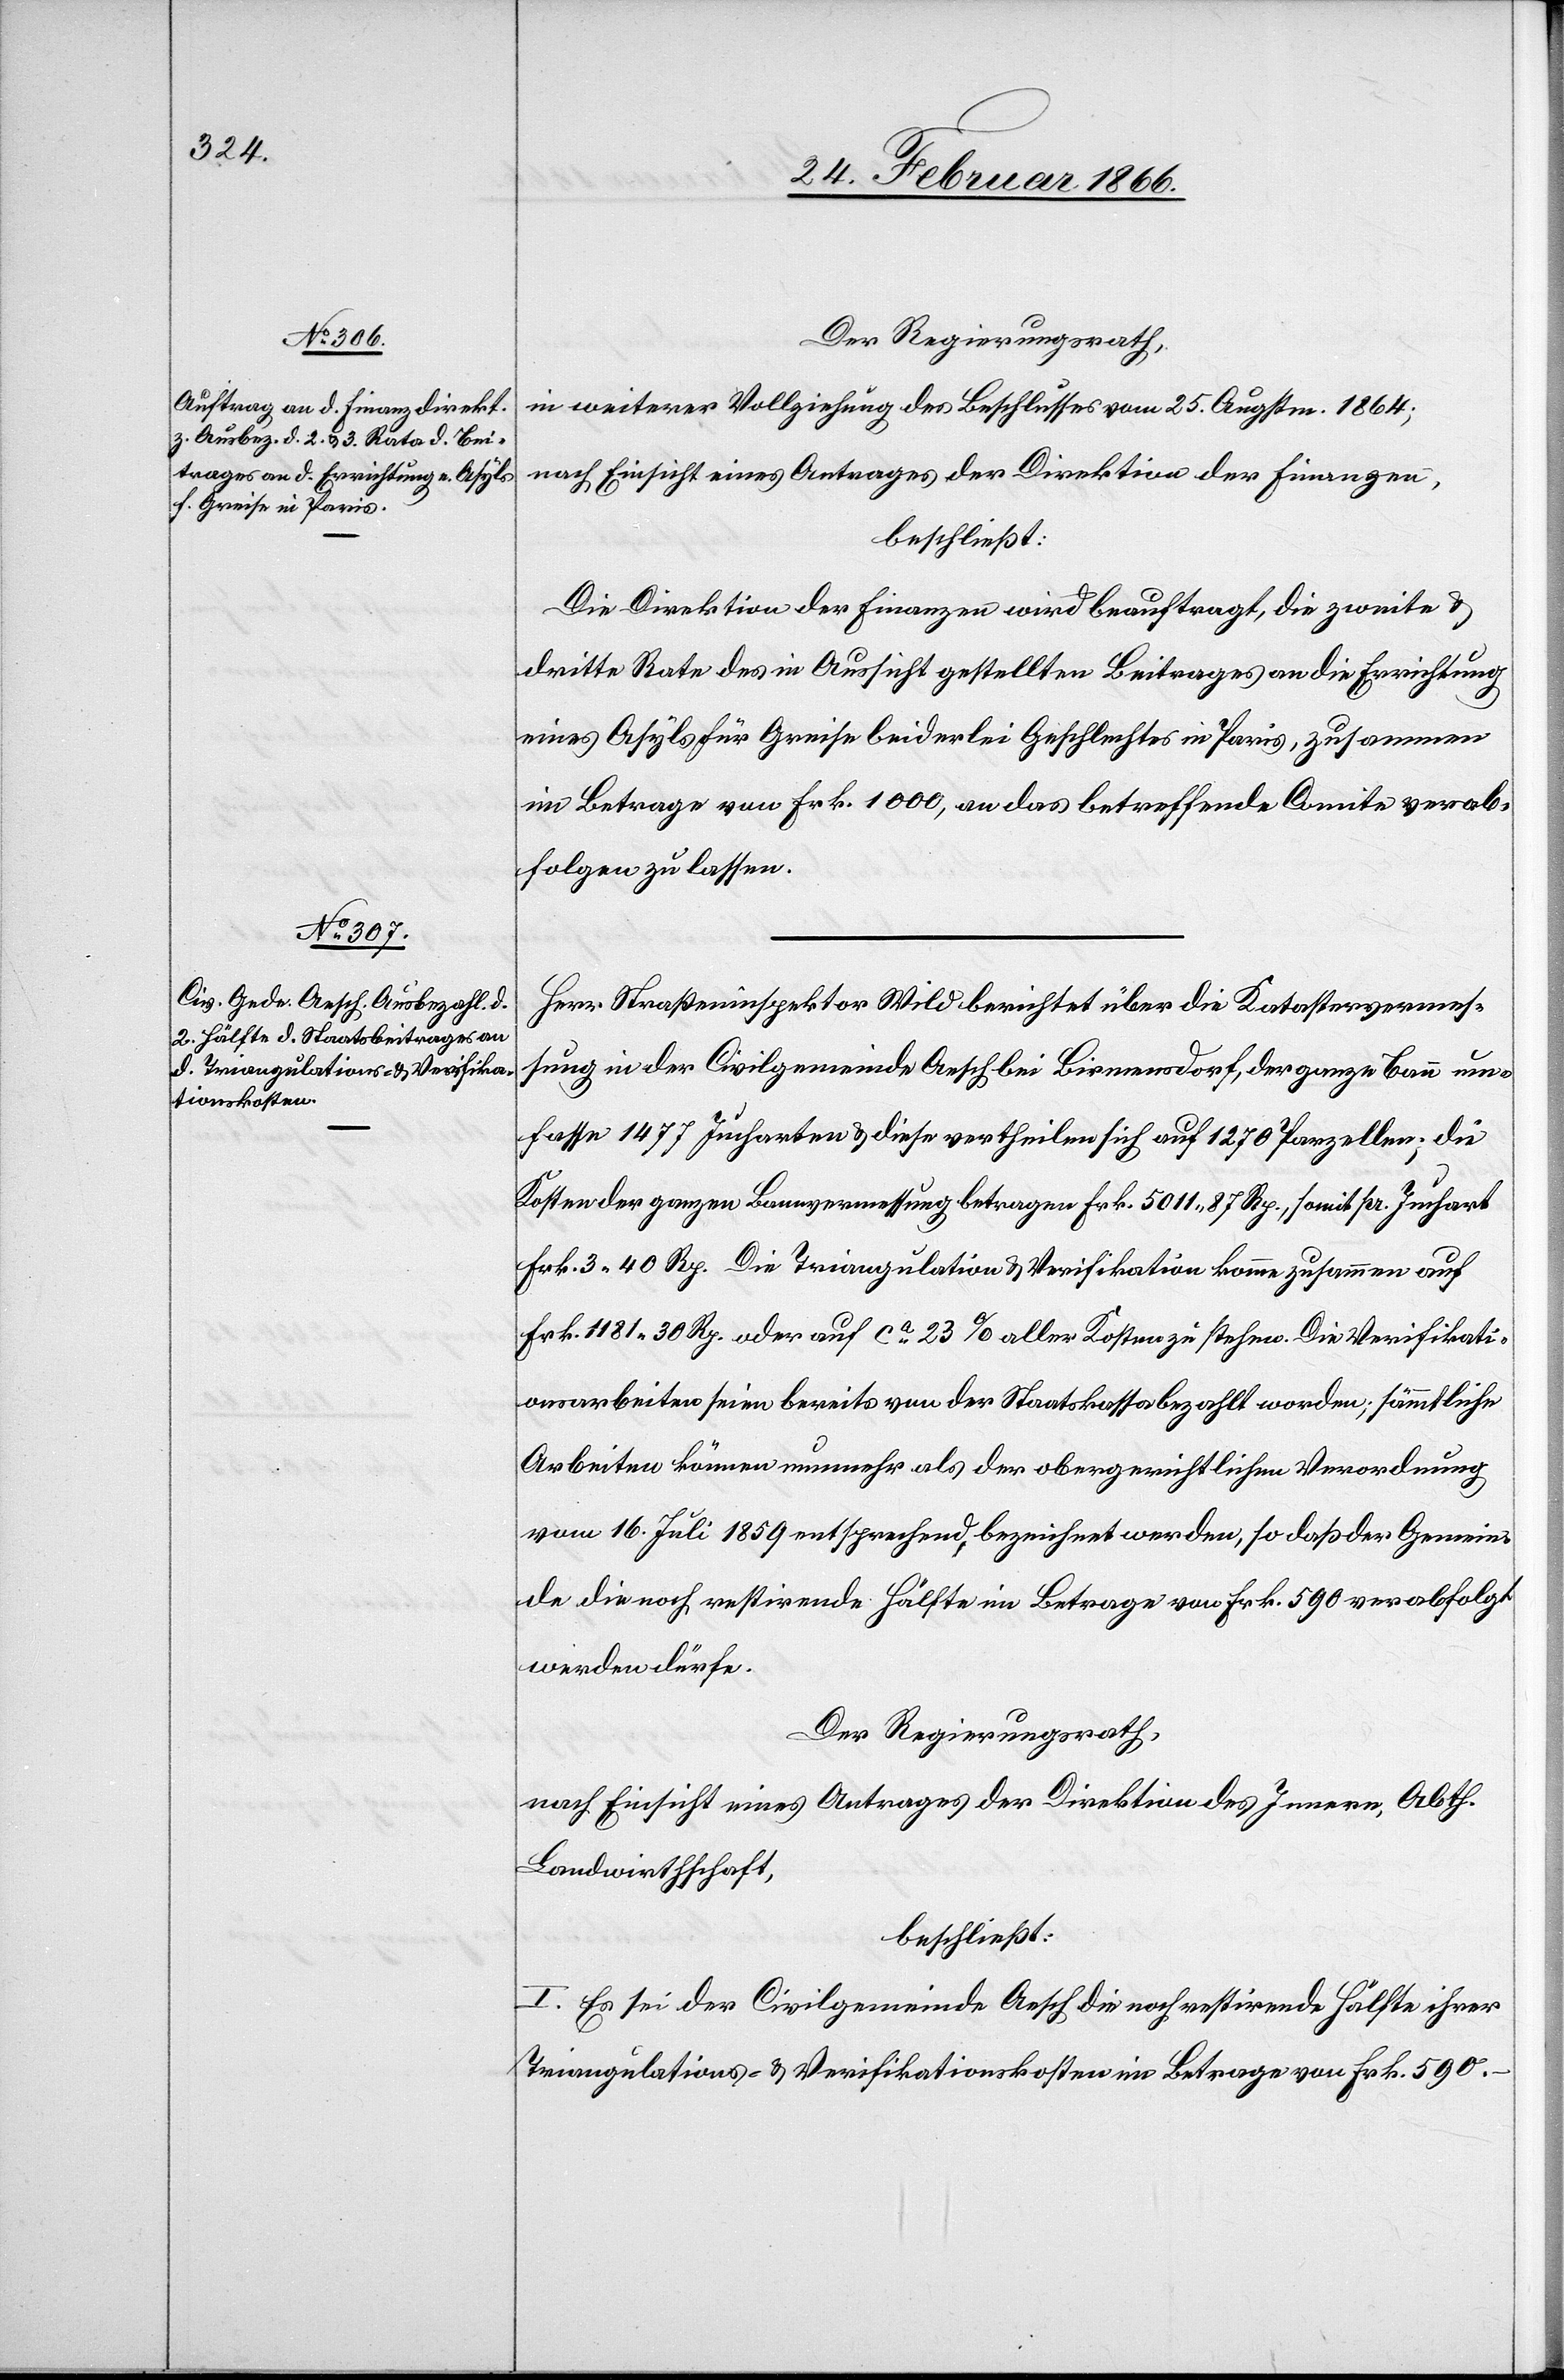
Der Regierungsrath,
in weiterer Vollziehung des Beschlusses vom 25. Augustm. 1864;
nach Einsicht eines Antrages der Direktion der Finanzen,
beschließt:
Die Direktion der Finanzen wird beauftragt, die zweite u.
dritte Rate des in Aussicht gestellten Beitrages an die Errichtung
eines Asyls für Greise beiderlei Geschlechts in Paris, zusammen
im Betrage von Frk. 1000, an das betreffende Comite verab¬
folgen zu lassen.
Herr Straßeninspektor Wild berichtet über die Katasterverwal¬
tung in der Civilgemeinde Aesch bei Birmensdorf, der ganze Bann um¬
fasse 1477 Jucharten & diese vertheilen sich auf 1270 Parzellen; die
Kosten der ganzen Bannvermessung betragen Frk. 5011 87 Rp., somit pr. Juchart
Frk. 3 40 Rp. Die Triangulation & Verifikation komme zusammen auf
Frk. 1181 30 Rp. oder auf ca. 23% aller Kosten zu stehen. Die Verifikati¬
onsarbeiten seien bereits von der Staatskasse bezahlt worden; sämmtliche
Arbeiten können nunmehr als der obergerichtlichen Verordnung
vom 16. Juli 1859 entsprechend bezeichnet werden, so daß der Gemein¬
de die noch restirende Hälfte im Betrage von Frk. 590 verabfolgt
werden dürfe.
Der Regierungsrath,
nach Einsicht eines Antrages der Direktion des Innern, Abth.
Landwirthschaft,
beschließt:
I. Es sei der Civilgemeinde Aesch die noch restirende Hälfte ihrer
Triangulations- & Verifikationskosten im Betrage von Frk. 590 –